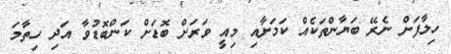
ހިލާފަށް ނެރޭ ބަޔާންތަކެެއް ކަމަށާއި މިއީ ވަރަށް ބޮޑަށް ކަންބޮޑުވާ އަދި ހިތާމަ